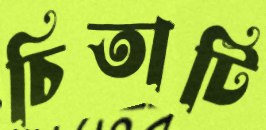
চিতাটি